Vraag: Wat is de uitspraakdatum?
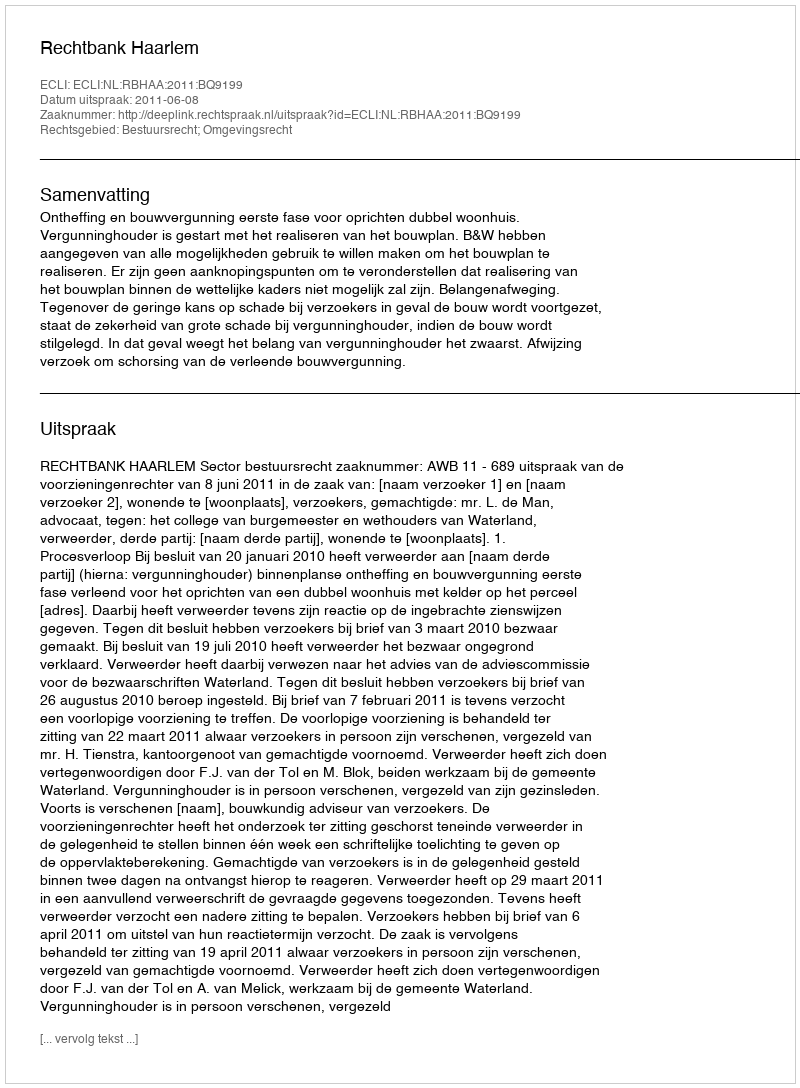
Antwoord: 2011-06-08